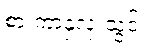
စားကာနှလုံးသွင်း။